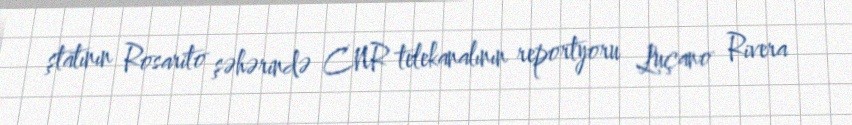
ştatının Rosarito şəhərində CNR telekanalının reportyoru Luçano Rivera